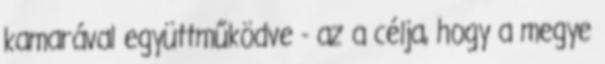
kamarával együttműködve - az a célja, hogy a megye